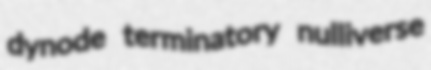
dynode terminatory nulliverse